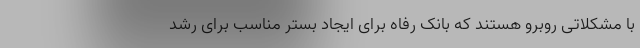
با مشکلاتی روبرو هستند که بانک رفاه برای ایجاد بستر مناسب برای رشد